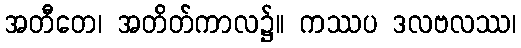
အတီတေ၊ အတိတ်ကာလ၌။ ကဿပ ဒလဗလဿ၊